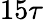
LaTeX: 15\tau